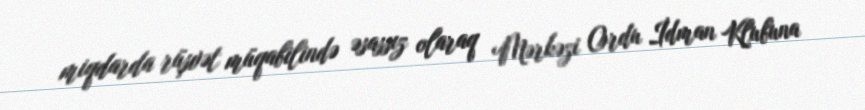
miqdarda rüşvət müqabilində əsassız olaraq Mərkəzi Ordu İdman Klubuna